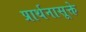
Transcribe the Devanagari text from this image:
प्रार्थनासूक्ते